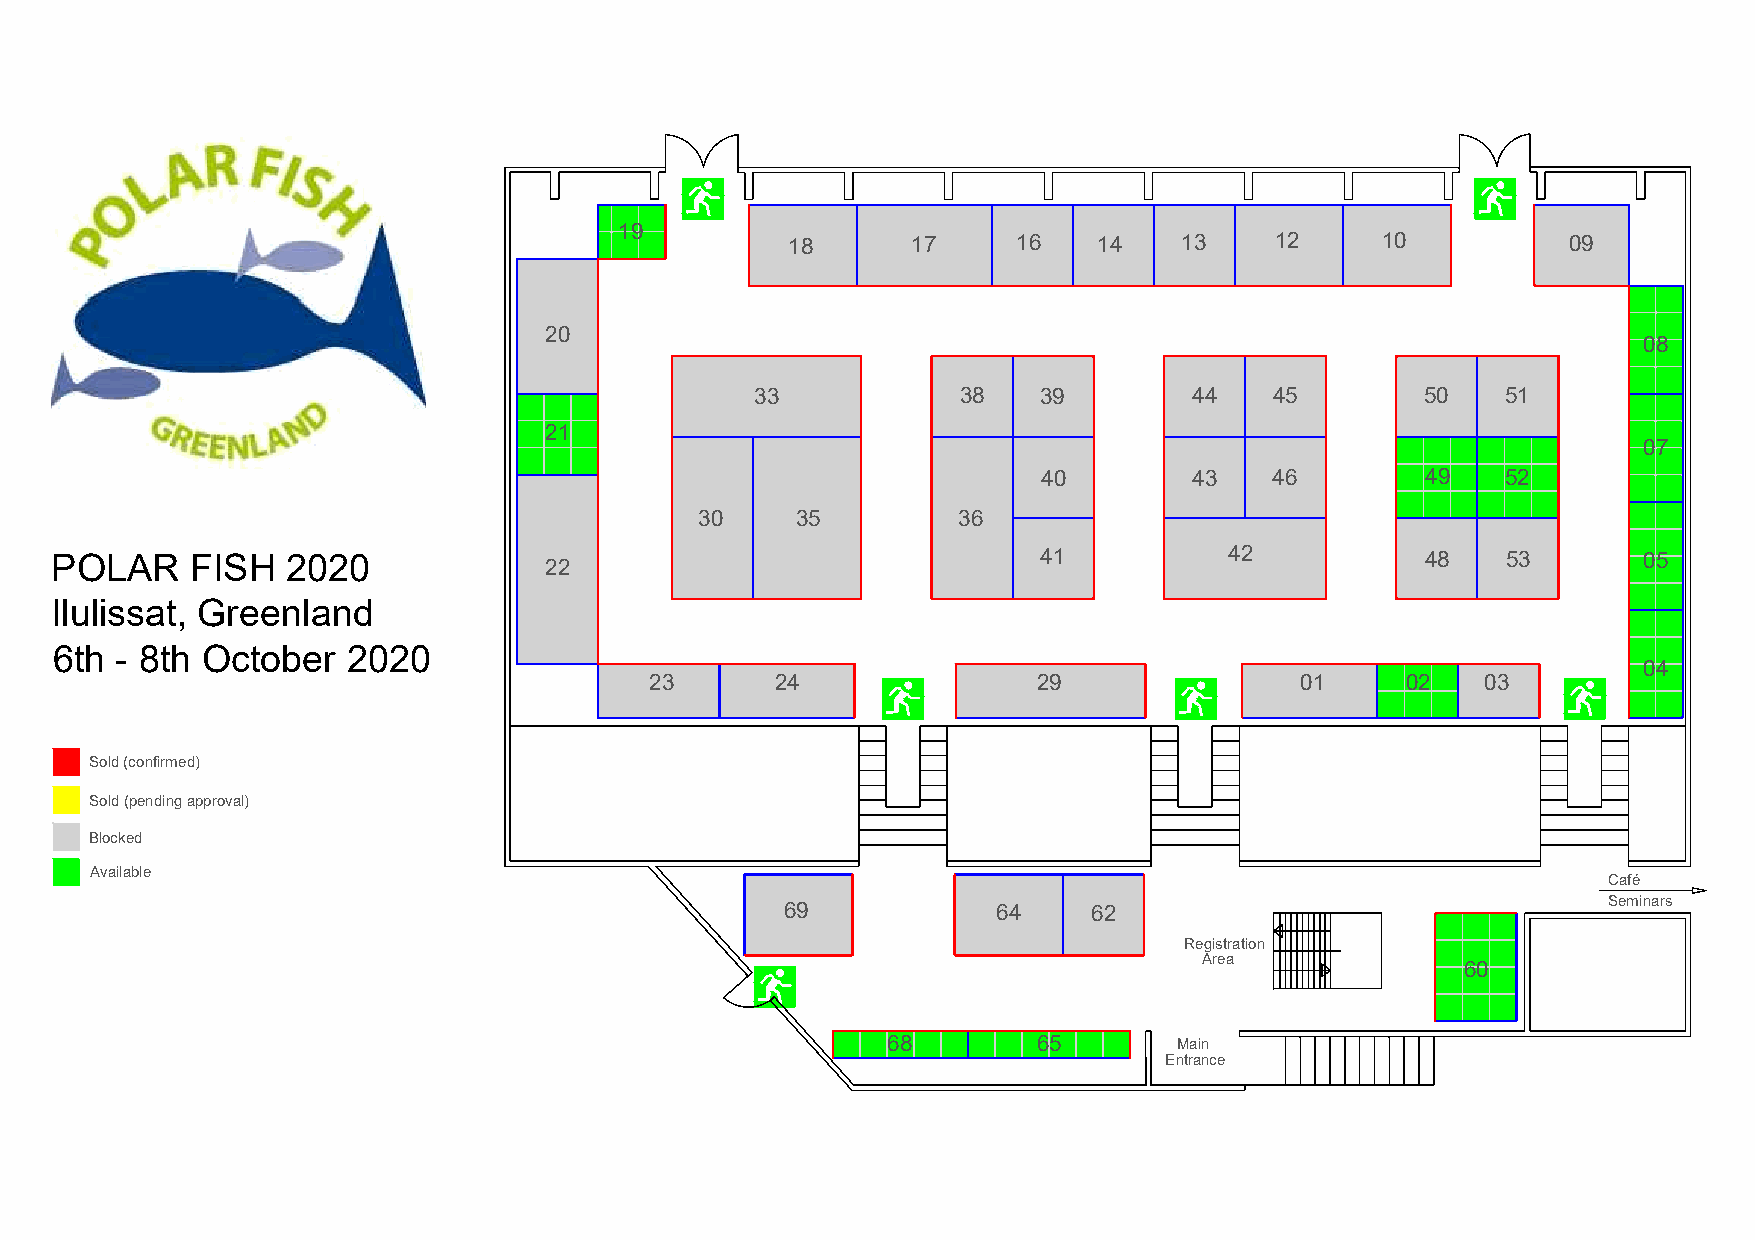
19
 18      17     16    14   13    12     10           09
 20
 08
 33            38   39        44   45        50    51
 21
 07
 40        43   46        49    52
 30     35        36
 POLAR     FISH  2020             22                               41          42           48    53       05
 Ilulissat, Greenland
 6th - 8th October  2020
 04
 23      24                29               01     02   03
 Sold (confirmed)
 Sold (pending approval)
 Blocked
 Available
 Café
 69            64    62                                Seminars
 Registration
 Area
 60
 68        65       Main
 Entrance